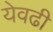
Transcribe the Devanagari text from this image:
येवढी